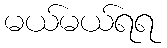
မယ်မယ်ရရ